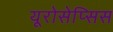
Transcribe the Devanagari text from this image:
यूरोसेप्सिस